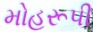
મોહરૂપી